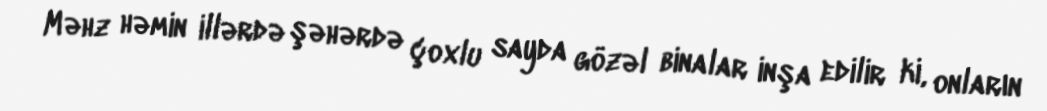
Məhz həmin illərdə şəhərdə çoxlu sayda gözəl binalar inşa edilir ki, onların